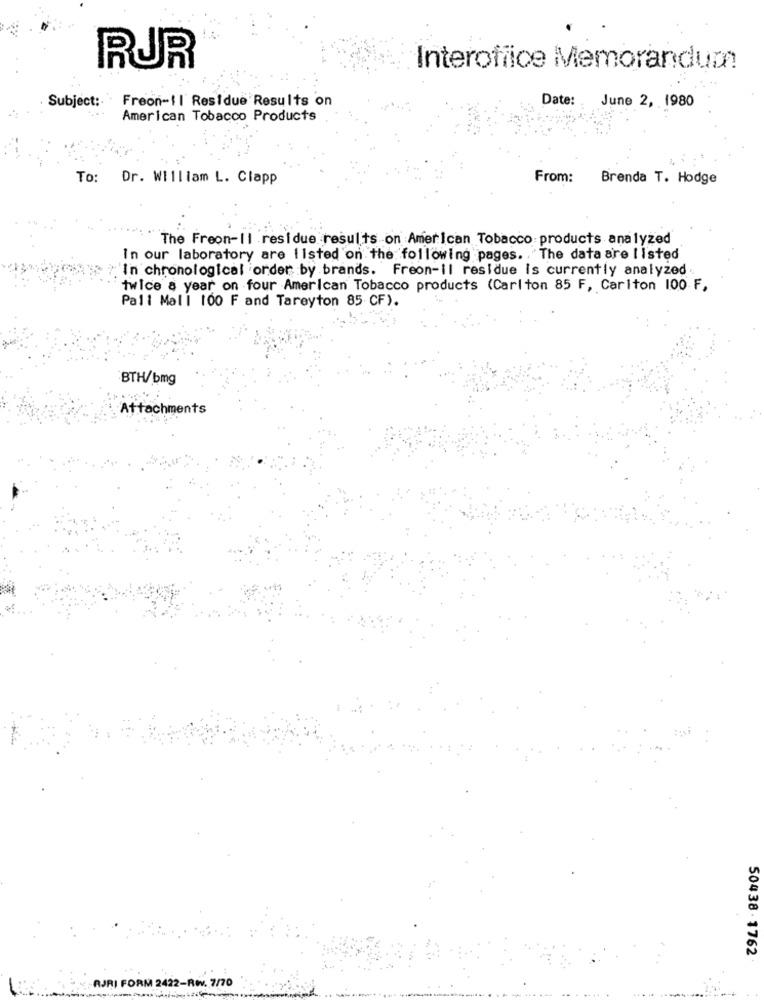
RUR
Interoffice Memorandum
Subject: Freon-il Residue Results on
Date: . June 2, 1980
...
American Tobacco Products
To: Dr. William L. Clapp
From:
Brenda T. Hodge
The Freon-11 residue results on American Tobacco products analyzed
In our laboratory are listed on the following pages. The data are listed
?'In chronological order by brands. Freon-il residue is currently analyzed
twice a year on four American Tobacco products (Carlton 85 F, Carlton 100 F,
Pall Mall 100 F and Tareyton 85 CF).
BTH/bmg
Attachments
50438 . 1762
AJRI FORM 2422-Rw. 7/70